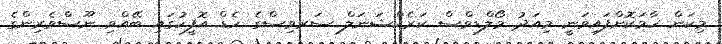
މިކަން ހާމަކޮށްފައިވަނީ މިއަދު މޯލްޑިވްސް ކަރެކްޝަނަލް ސަރވިސްގެ ހެޑް އޮފީހުގައި ބޭއްވި ނޫސްވެރިންގެ